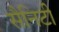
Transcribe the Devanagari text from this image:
सैनिटी